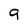
Character: g